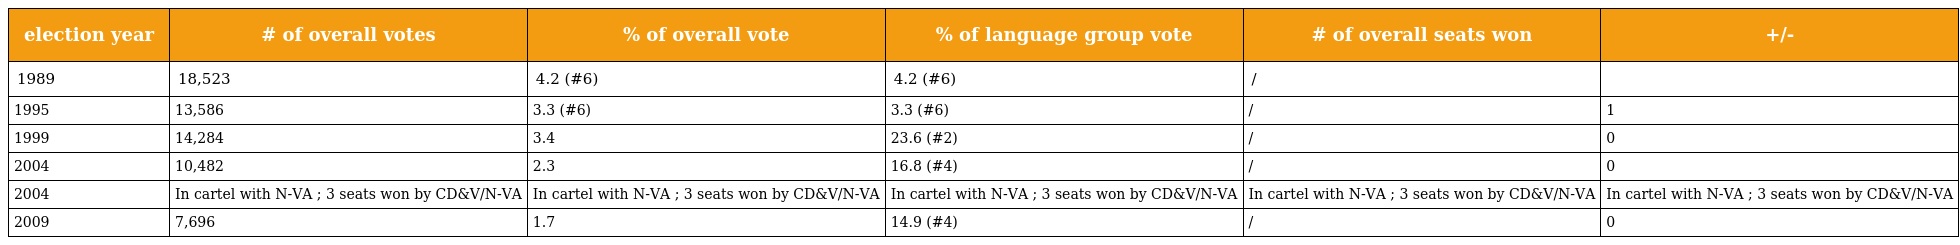
| election year | # of overall votes | % of overall vote | % of language group vote | # of overall seats won | +/- |
 | --- | --- | --- | --- | --- | --- |
 | 1989 | 18,523 | 4.2 (#6) | 4.2 (#6) | / |  |
 | 1995 | 13,586 | 3.3 (#6) | 3.3 (#6) | / | 1 |
 | 1999 | 14,284 | 3.4 | 23.6 (#2) | / | 0 |
 | 2004 | 10,482 | 2.3 | 16.8 (#4) | / | 0 |
 | 2004 | In cartel with N-VA ; 3 seats won by CD&V/N-VA | In cartel with N-VA ; 3 seats won by CD&V/N-VA | In cartel with N-VA ; 3 seats won by CD&V/N-VA | In cartel with N-VA ; 3 seats won by CD&V/N-VA | In cartel with N-VA ; 3 seats won by CD&V/N-VA |
 | 2009 | 7,696 | 1.7 | 14.9 (#4) | / | 0 |